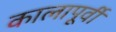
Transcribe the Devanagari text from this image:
कालापूर्वी